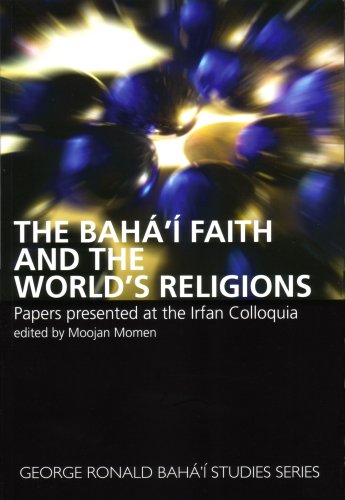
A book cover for Baha'i Faith and the World's Religions, The; Religion & Spirituality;